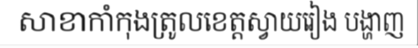
សាខាកាំកុងត្រូលខេត្តស្វាយរៀង បង្ហាញ